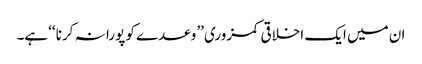
ان میں ایک اخلاقی کمزوری ’’وعدے کو پورا نہ کرنا ‘‘ہے۔